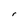
Character: r